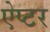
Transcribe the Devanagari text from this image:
ऐप्टर